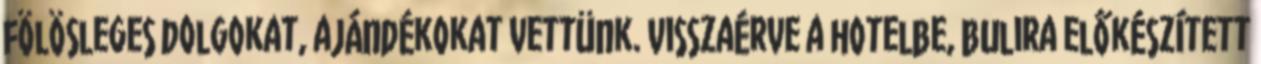
fölösleges dolgokat, ajándékokat vettünk. Visszaérve a hotelbe, bulira előkészített